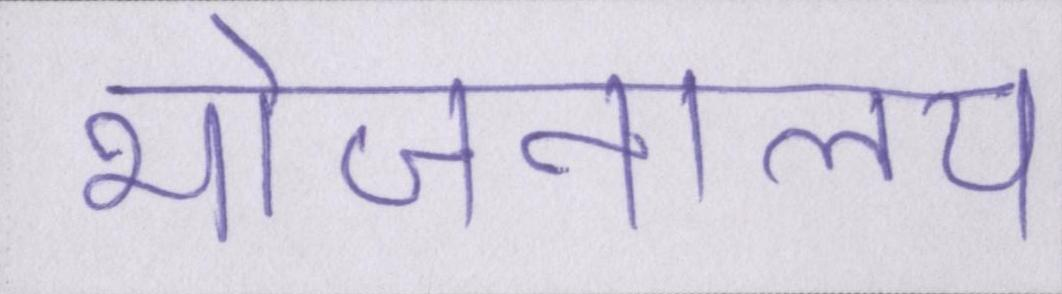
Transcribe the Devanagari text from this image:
भोजनालय